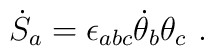
{\dot{S}}_{a} = \epsilon_{abc}{\dot{\theta}}_{b}\theta_{c} \ .